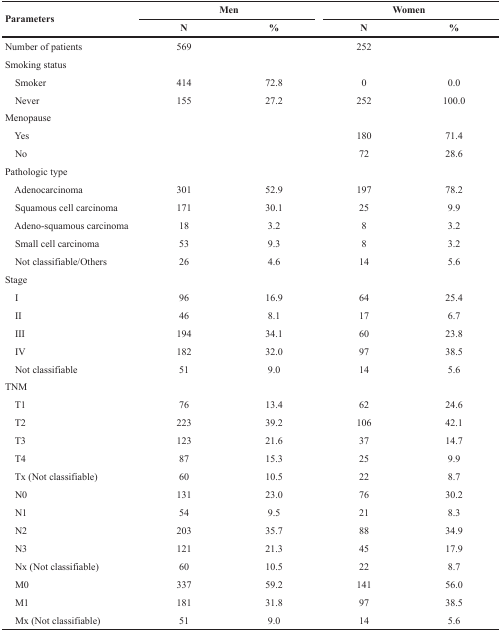
<table><thead><tr><td rowspan="2"><b>Parameters</b></td><td colspan="2"><b>Men</b></td><td colspan="2"><b>Women</b></td></tr><tr><td><b>N</b></td><td><b>%</b></td><td><b>N</b></td><td><b>%</b></td></tr></thead><tbody><tr><td>Number of patients</td><td>569</td><td></td><td>252</td><td></td></tr><tr><td>Smoking status</td><td></td><td></td><td></td><td></td></tr><tr><td> Smoker</td><td>414</td><td>72.8</td><td>0</td><td>0.0</td></tr><tr><td> Never</td><td>155</td><td>27.2</td><td>252</td><td>100.0</td></tr><tr><td>Menopause</td><td></td><td></td><td></td><td></td></tr><tr><td> Yes</td><td></td><td></td><td>180</td><td>71.4</td></tr><tr><td> No</td><td></td><td></td><td>72</td><td>28.6</td></tr><tr><td>Pathologic type</td><td></td><td></td><td></td><td></td></tr><tr><td> Adenocarcinoma</td><td>301</td><td>52.9</td><td>197</td><td>78.2</td></tr><tr><td> Squamous cell carcinoma</td><td>171</td><td>30.1</td><td>25</td><td>9.9</td></tr><tr><td> Adeno-squamous carcinoma</td><td>18</td><td>3.2</td><td>8</td><td>3.2</td></tr><tr><td> Small cell carcinoma</td><td>53</td><td>9.3</td><td>8</td><td>3.2</td></tr><tr><td> Not classifiable/Others</td><td>26</td><td>4.6</td><td>14</td><td>5.6</td></tr><tr><td>Stage</td><td></td><td></td><td></td><td></td></tr><tr><td> I</td><td>96</td><td>16.9</td><td>64</td><td>25.4</td></tr><tr><td> II</td><td>46</td><td>8.1</td><td>17</td><td>6.7</td></tr><tr><td> III</td><td>194</td><td>34.1</td><td>60</td><td>23.8</td></tr><tr><td> IV</td><td>182</td><td>32.0</td><td>97</td><td>38.5</td></tr><tr><td> Not classifiable</td><td>51</td><td>9.0</td><td>14</td><td>5.6</td></tr><tr><td>TNM</td><td></td><td></td><td></td><td></td></tr><tr><td> T1</td><td>76</td><td>13.4</td><td>62</td><td>24.6</td></tr><tr><td> T2</td><td>223</td><td>39.2</td><td>106</td><td>42.1</td></tr><tr><td> T3</td><td>123</td><td>21.6</td><td>37</td><td>14.7</td></tr><tr><td> T4</td><td>87</td><td>15.3</td><td>25</td><td>9.9</td></tr><tr><td> Tx (Not classifiable)</td><td>60</td><td>10.5</td><td>22</td><td>8.7</td></tr><tr><td> N0</td><td>131</td><td>23.0</td><td>76</td><td>30.2</td></tr><tr><td> N1</td><td>54</td><td>9.5</td><td>21</td><td>8.3</td></tr><tr><td> N2</td><td>203</td><td>35.7</td><td>88</td><td>34.9</td></tr><tr><td> N3</td><td>121</td><td>21.3</td><td>45</td><td>17.9</td></tr><tr><td> Nx (Not classifiable)</td><td>60</td><td>10.5</td><td>22</td><td>8.7</td></tr><tr><td> M0</td><td>337</td><td>59.2</td><td>141</td><td>56.0</td></tr><tr><td> M1</td><td>181</td><td>31.8</td><td>97</td><td>38.5</td></tr><tr><td> Mx (Not classifiable)</td><td>51</td><td>9.0</td><td>14</td><td>5.6</td></tr></tbody></table>